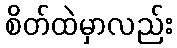
စိတ်ထဲမှာလည်း